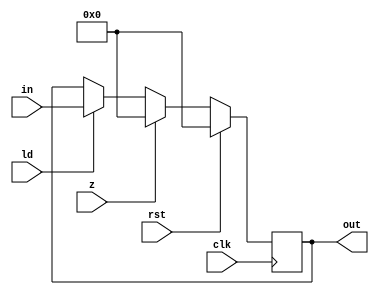
`timescale 1ns/1ns
module register#(parameter size = 8)(input clk, rst, ld, z,  input [size - 1:0] in, output reg [size-1 : 0] out);

always@(posedge clk)begin
	if(rst)
		out <= 0;
	else if(z)
		out <= 0;
	else if(ld)
     		out <= in; 
end
endmodule